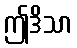
ဤဒိသာ